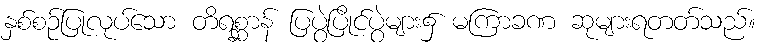
နှစ်စဉ်ပြုလုပ်သော တိရစ္ဆာန် ပြပွဲပြိုင်ပွဲများ၌ မကြာခဏ ဆုများရတတ်သည်။